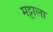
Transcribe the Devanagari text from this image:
मट्टाला